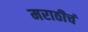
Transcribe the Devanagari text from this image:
मराठीचं